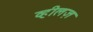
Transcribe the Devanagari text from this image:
व्हीलज़